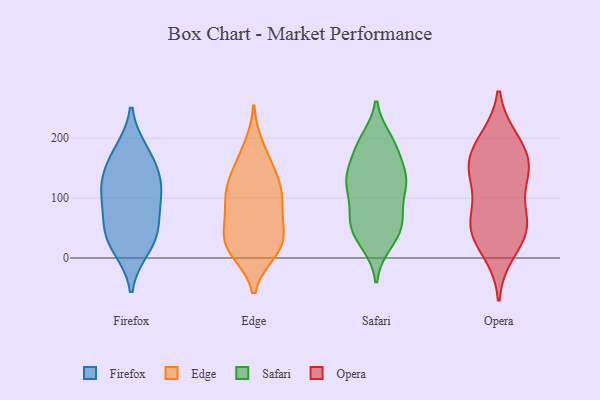
{"axis": {"x": "Active Users", "y": "Value"}, "legend": ["Edge", "Firefox", "Opera", "Safari"], "data": [{"x": "", "y": 32, "type": "Firefox"}, {"x": "", "y": 119, "type": "Firefox"}, {"x": "", "y": 61, "type": "Firefox"}, {"x": "", "y": 42, "type": "Firefox"}, {"x": "", "y": 135, "type": "Firefox"}, {"x": "", "y": 176, "type": "Firefox"}, {"x": "", "y": 96, "type": "Firefox"}, {"x": "", "y": 18, "type": "Firefox"}, {"x": "", "y": 112, "type": "Firefox"}, {"x": "", "y": 167, "type": "Firefox"}, {"x": "", "y": 119, "type": "Edge"}, {"x": "", "y": 185, "type": "Edge"}, {"x": "", "y": 40, "type": "Edge"}, {"x": "", "y": 15, "type": "Edge"}, {"x": "", "y": 77, "type": "Edge"}, {"x": "", "y": 11, "type": "Edge"}, {"x": "", "y": 28, "type": "Edge"}, {"x": "", "y": 162, "type": "Edge"}, {"x": "", "y": 97, "type": "Edge"}, {"x": "", "y": 19, "type": "Edge"}, {"x": "", "y": 134, "type": "Edge"}, {"x": "", "y": 74, "type": "Edge"}, {"x": "", "y": 127, "type": "Edge"}, {"x": "", "y": 101, "type": "Edge"}, {"x": "", "y": 32, "type": "Edge"}, {"x": "", "y": 120, "type": "Safari"}, {"x": "", "y": 69, "type": "Safari"}, {"x": "", "y": 66, "type": "Safari"}, {"x": "", "y": 67, "type": "Safari"}, {"x": "", "y": 24, "type": "Safari"}, {"x": "", "y": 190, "type": "Safari"}, {"x": "", "y": 186, "type": "Safari"}, {"x": "", "y": 52, "type": "Safari"}, {"x": "", "y": 133, "type": "Safari"}, {"x": "", "y": 107, "type": "Safari"}, {"x": "", "y": 122, "type": "Safari"}, {"x": "", "y": 49, "type": "Safari"}, {"x": "", "y": 197, "type": "Safari"}, {"x": "", "y": 139, "type": "Safari"}, {"x": "", "y": 137, "type": "Safari"}, {"x": "", "y": 30, "type": "Safari"}, {"x": "", "y": 134, "type": "Safari"}, {"x": "", "y": 180, "type": "Safari"}, {"x": "", "y": 63, "type": "Opera"}, {"x": "", "y": 197, "type": "Opera"}, {"x": "", "y": 170, "type": "Opera"}, {"x": "", "y": 38, "type": "Opera"}, {"x": "", "y": 154, "type": "Opera"}, {"x": "", "y": 10, "type": "Opera"}, {"x": "", "y": 135, "type": "Opera"}, {"x": "", "y": 63, "type": "Opera"}, {"x": "", "y": 194, "type": "Opera"}, {"x": "", "y": 46, "type": "Opera"}, {"x": "", "y": 141, "type": "Opera"}, {"x": "", "y": 140, "type": "Opera"}, {"x": "", "y": 61, "type": "Opera"}]}